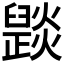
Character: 𤑠